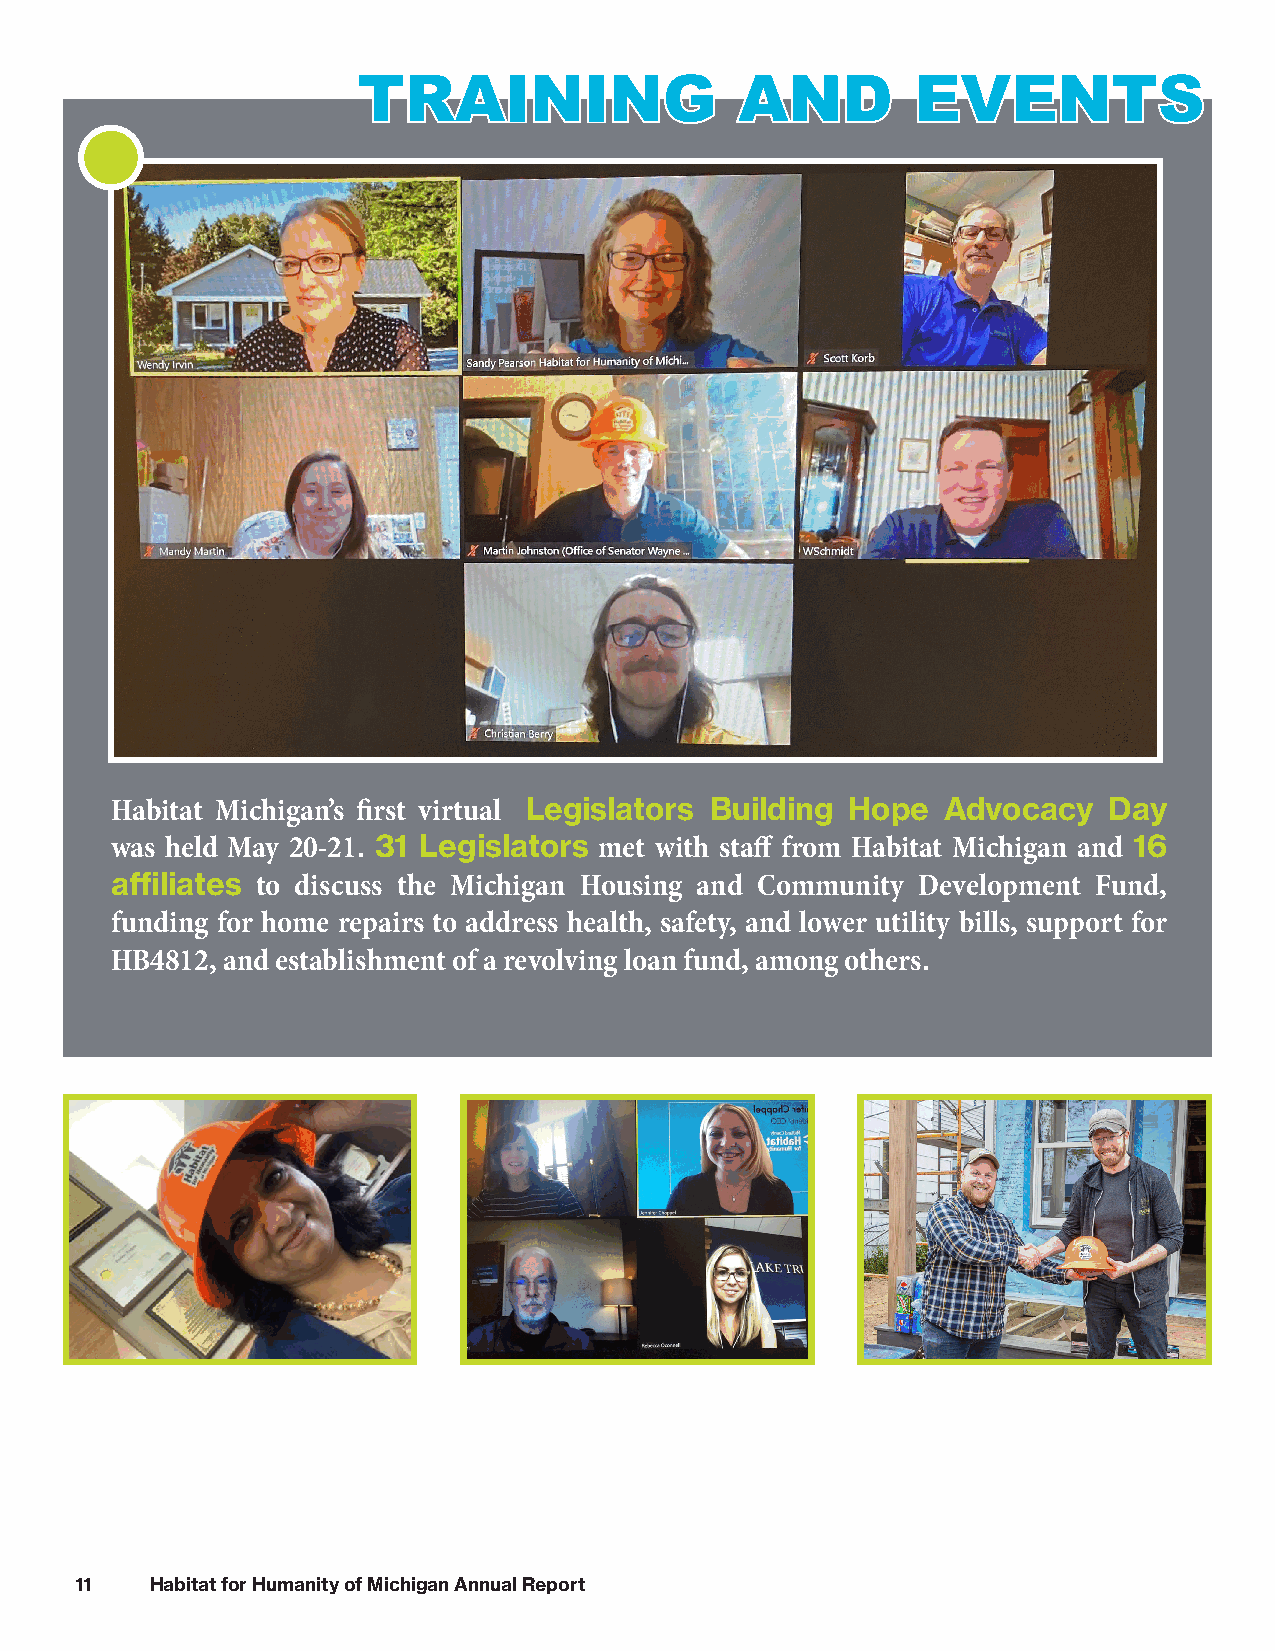
TTRRAAIINNIINNGG         AANNDD      EEVVEENNTTSS
 Habitat Michigan’s first virtual Legislators Building Hope Advocacy Day
 was held May 20-21. 31 Legislators met with staff from Habitat Michigan and 16
 affiliates to discuss the Michigan Housing and Community Development Fund,
 funding for home repairs to address health, safety, and lower utility bills, support for
 HB4812, and establishment of a revolving loan fund, among others.
 11   Habitat for Humanity of Michigan Annual Report